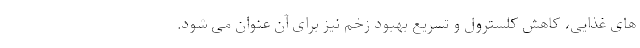
های غذایی، کاهش کلسترول و تسریع بهبود زخم نیز برای آن عنوان می شود.